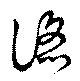
諂